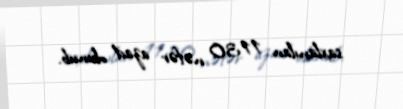
saxlanılan 1130 nəfər azad olunub.